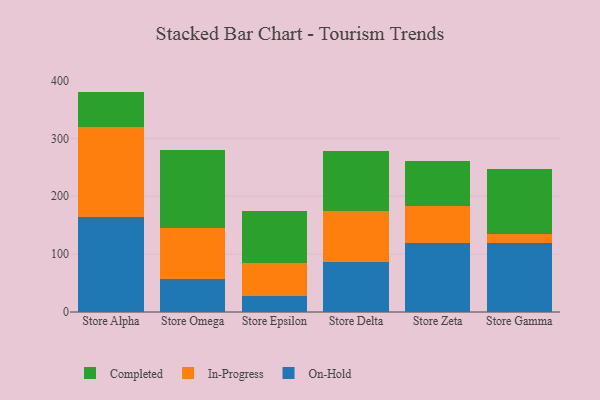
{"axis": {"x": "Store", "y": "Churn Rate (%)"}, "legend": ["Completed", "In-Progress", "On-Hold"], "data": [{"x": "Store Alpha", "y": 164.1, "type": "On-Hold"}, {"x": "Store Alpha", "y": 154.9, "type": "In-Progress"}, {"x": "Store Alpha", "y": 61.7, "type": "Completed"}, {"x": "Store Omega", "y": 56.8, "type": "On-Hold"}, {"x": "Store Omega", "y": 88.7, "type": "In-Progress"}, {"x": "Store Omega", "y": 134.6, "type": "Completed"}, {"x": "Store Epsilon", "y": 28.3, "type": "On-Hold"}, {"x": "Store Epsilon", "y": 56.7, "type": "In-Progress"}, {"x": "Store Epsilon", "y": 88.9, "type": "Completed"}, {"x": "Store Delta", "y": 87.2, "type": "On-Hold"}, {"x": "Store Delta", "y": 87.3, "type": "In-Progress"}, {"x": "Store Delta", "y": 102.8, "type": "Completed"}, {"x": "Store Zeta", "y": 119.7, "type": "On-Hold"}, {"x": "Store Zeta", "y": 63.7, "type": "In-Progress"}, {"x": "Store Zeta", "y": 77.3, "type": "Completed"}, {"x": "Store Gamma", "y": 119.6, "type": "On-Hold"}, {"x": "Store Gamma", "y": 14.9, "type": "In-Progress"}, {"x": "Store Gamma", "y": 112.6, "type": "Completed"}]}